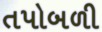
તપોબળી